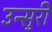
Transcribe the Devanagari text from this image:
उन्सुरी